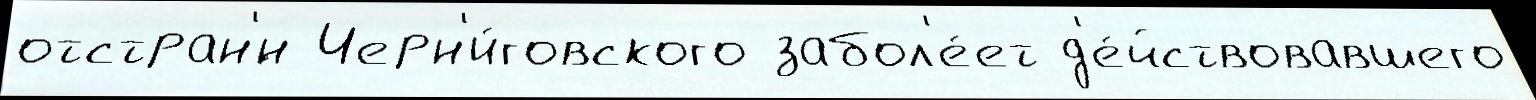
отстран'́н Черн'и́говского забол'е́ет д'е́йствовавшего